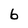
Character: 6